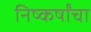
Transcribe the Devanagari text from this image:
निष्कर्षांचा